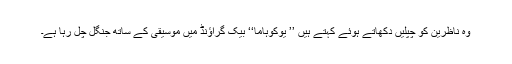
وہ ناظرین کو چپلیں دکھاتے ہوئے کہتے ہیں ’’ یوکوہاما‘‘ بیک گراؤنڈ میں موسیقی کے ساتھ جنگل چل رہا ہے۔